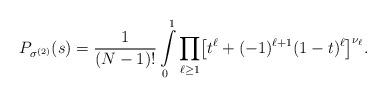
LaTeX: \begin{align*}P_{\sigma^{(2)}}(s)=\frac{1}{(N-1)!}\int\limits_0^1\prod_{\ell\ge 1}\bigl[t^{\ell}+(-1)^{\ell+1}(1-t)^{\ell}\bigr]^{\nu_{\ell}}.\end{align*}